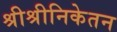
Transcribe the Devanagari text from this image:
श्रीश्रीनिकेतन